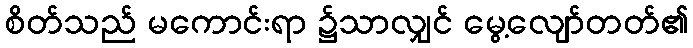
စိတ်သည် မကောင်းရာ ၌သာလျှင် မွေ့လျော်တတ်၏